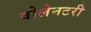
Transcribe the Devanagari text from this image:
वोलेनटरी